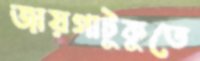
জায়গাটুকুতে